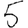
Digit: 5